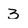
Character: 3